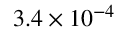
3 . 4 \times 1 0 ^ { - 4 }